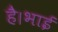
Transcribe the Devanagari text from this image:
है।भाई